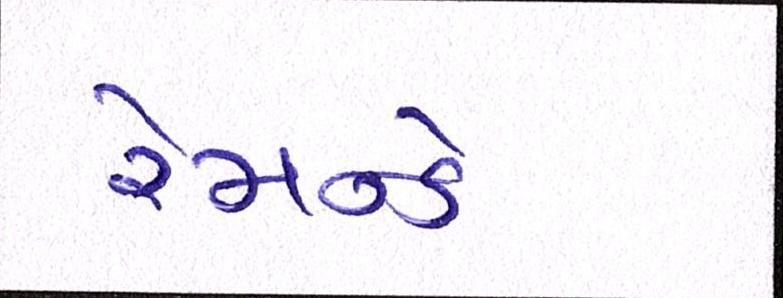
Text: રેમન્ડે